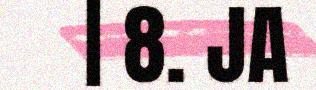
| 8. JA